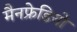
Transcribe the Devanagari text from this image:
मैनफ्रेडियो